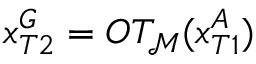
x _ { T 2 } ^ { G } = O T _ { \mathcal { M } } ( x _ { T 1 } ^ { A } )